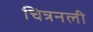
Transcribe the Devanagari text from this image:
चित्रनली